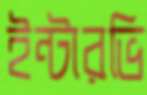
ইন্টারভি